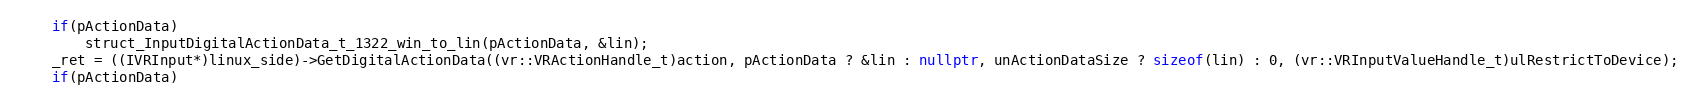
Language: C++
    if(pActionData)
        struct_InputDigitalActionData_t_1322_win_to_lin(pActionData, &lin);
    _ret = ((IVRInput*)linux_side)->GetDigitalActionData((vr::VRActionHandle_t)action, pActionData ? &lin : nullptr, unActionDataSize ? sizeof(lin) : 0, (vr::VRInputValueHandle_t)ulRestrictToDevice);
    if(pActionData)